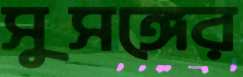
সুসঙ্গের